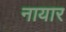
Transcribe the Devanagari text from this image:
नायार